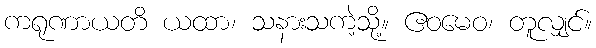
ကရုဏာယတိ ယထာ၊ သနားသကဲ့သို့။ ဧဝမေဝ၊ တူလျှင်။